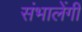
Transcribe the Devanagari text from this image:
संभालेंगी